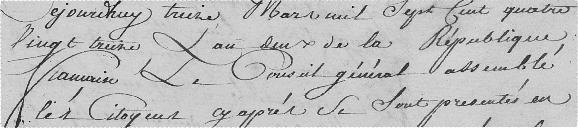
Aujourd'hui treize mars mil sept cent quatre vingt treize, l'an deux de la République française le Conseil général assemblé les citoyens ci-après se sont présentés en